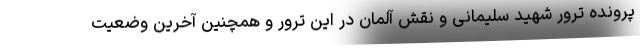
پرونده ترور شهید سلیمانی و نقش آلمان در این ترور و همچنین آخرین وضعیت